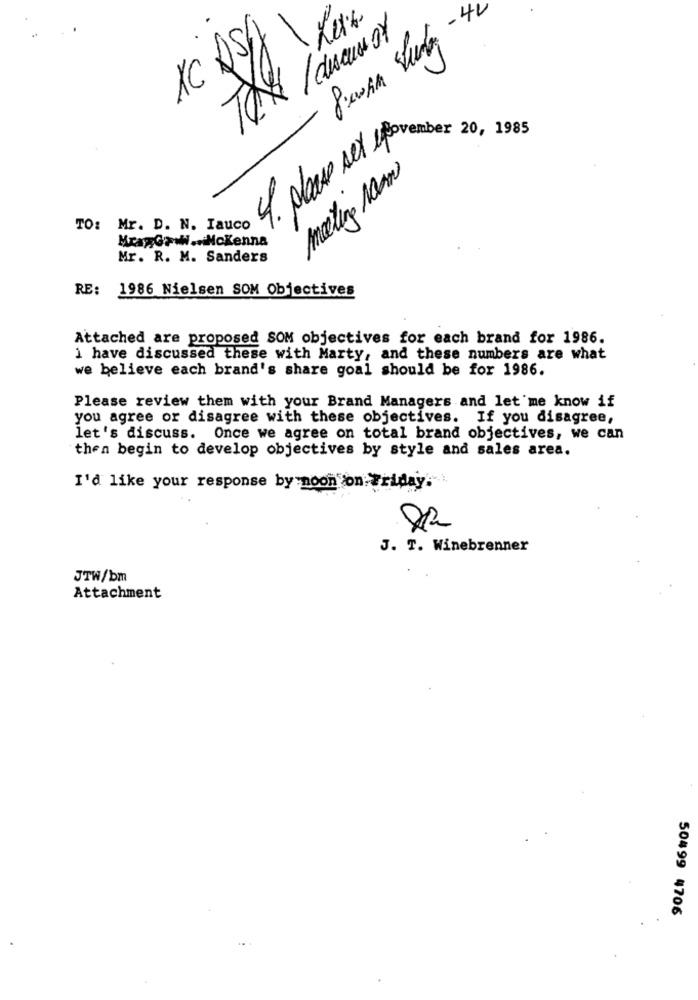
Tex / discusor
XC
01
4. please set november 20, 1985
meeting room
TO: Mr. D. N. Iauco
MragGaw ... McKenna
Mr. R. M. Sanders
RE:
1986 Nielsen SOM Objectives
Attached are proposed SOM objectives for each brand for 1986.
i have discussed these with Marty, and these numbers are what
we believe each brand's share goal should be for 1986.
Please review them with your Brand Managers and let me know if
you agree or disagree with these objectives. If you disagree,
let's discuss. Once we agree on total brand objectives, we can
then begin to develop objectives by style and sales area.
I'd like your response by noon on Friday.
J. T. Winebrenner
JTW/bm
Attachment
50499 4706